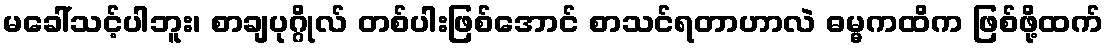
မခေါ်သင့်ပါဘူး၊ စာချပုဂ္ဂိုလ် တစ်ပါးဖြစ်အောင် စာသင်ရတာဟာလဲ ဓမ္မကထိက ဖြစ်ဖို့ထက်